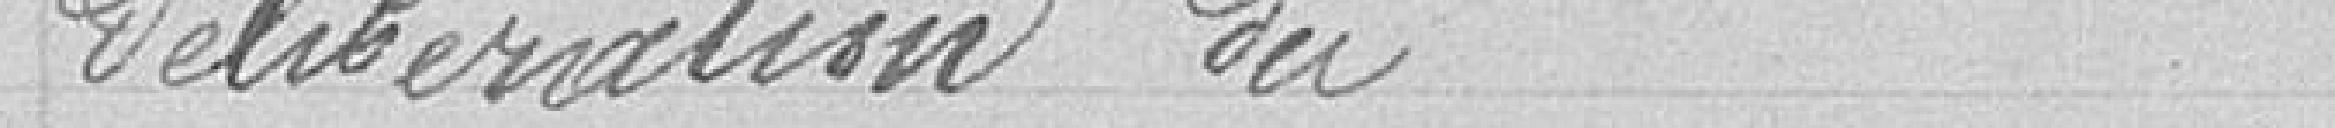
délibération du